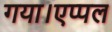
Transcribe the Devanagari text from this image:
गया।एप्पल